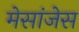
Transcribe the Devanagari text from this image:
मेसांजेस